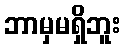
ဘာမှမရှိဘူး